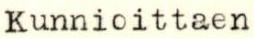
Kunnioittaen